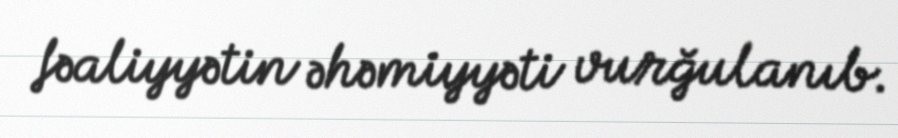
fəaliyyətin əhəmiyyəti vurğulanıb.